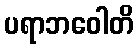
ပရာဘဝေါတိ